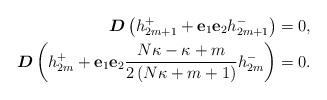
LaTeX: \begin{align*}\boldsymbol{D}\left( h_{2m+1}^{+}+\mathbf{e}_{1}\mathbf{e}_{2}h_{2m+1}^{-}\right) & =0,\\\boldsymbol{D}\left( h_{2m}^{+}+\mathbf{e}_{1}\mathbf{e}_{2}\frac{N\kappa-\kappa+m}{2\left( N\kappa+m+1\right) }h_{2m}^{-}\right) & =0.\end{align*}